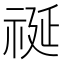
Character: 𮁺